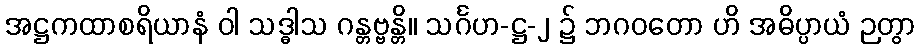
အဋ္ဌကထာစရိယာနံ ဝါ သဒ္ဓါသ ဂန္တဗ္ဗန္တိ။ သင်္ဂဟ-ဋ္ဌ-၂ ၌ ဘဂဝတော ဟိ အဓိပ္ပာယံ ဉတွာ